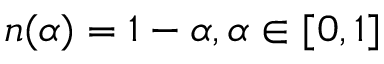
n ( \alpha ) = 1 - \alpha , \alpha \in [ 0 , 1 ]